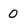
Character: 0